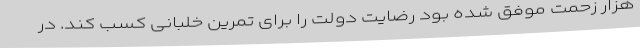
هزار زحمت موفق شده بود رضایت دولت را برای تمرین خلبانی کسب کند. در